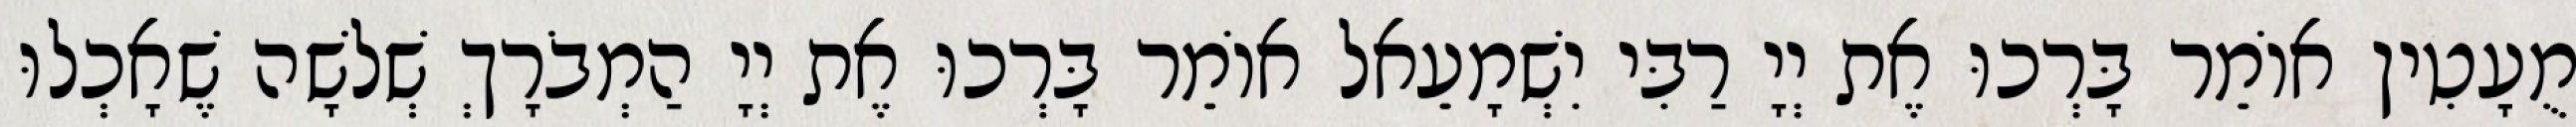
מֻעָטִין אוֹמֵר בָּרְכוּ אֶת יְיָ רַבִּי יִשְׁמָעֵאל אוֹמֵר בָּרְכוּ אֶת יְיָ הַמְבֹרָךְ שְׁלשָׁה שֶׁאָכְלוּ